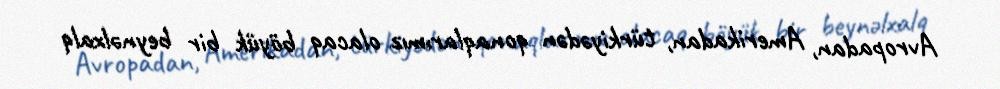
Avropadan, Amerikadan, türkiyədən qonaqlarımız olacaq böyük bir beynəlxalq